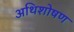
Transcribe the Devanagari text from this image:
अथिशोषण